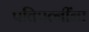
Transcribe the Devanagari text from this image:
पतिपत्‍नींना